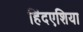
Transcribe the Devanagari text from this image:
हिंदएशिया